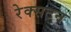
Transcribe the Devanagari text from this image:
रेक्सटन